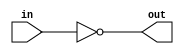
module not_gate(
  input wire in,
  output reg out
);

always @(*) begin
  out = ~in;
end

endmodule